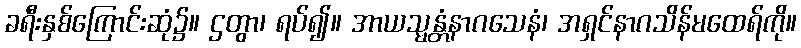
ခရီးနှစ်ကြောင်းဆုံ၌။ ဌတွာ၊ ရပ်၍။ အာယသ္မန္တံနာဂသေနံ၊ အရှင်နာဂသိန်မထေရ်ကို။